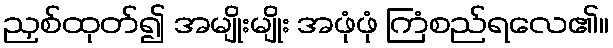
ညှစ်ထုတ်၍ အမျိုးမျိုး အဖုံဖုံ ကြံစည်ရလေ၏။